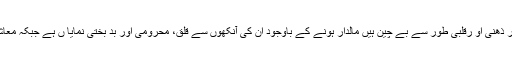
امریکہ ،سوڈان او ردنیا کے دوسرے ممالک کے لوگ مالی اعتبار سے آسودہ اور خوش حال ہیں مگر ذھنی او رقلبی طور سے بے چین ہیں مالدار ہونے کے باوجود ان کی آنکھوں سے قلق، محرومی اور بد بختی نمایا ں ہے جبکہ معاشرتی او رنفسیاتی نقصانات کی وجہ سے اللہ تعالیٰ نے سود کو بڑے واضح الفاظ میں حرام قرار دیا ۔